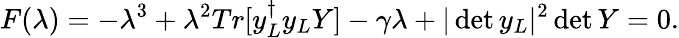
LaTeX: F(\lambda)=-\lambda^{3}+\lambda^{2}Tr[y_{L}^{\dagger}y_{L}Y]-\gamma\lambda+|\operatorname*{det}y_{L}|^{2}\operatorname*{det}Y=0.